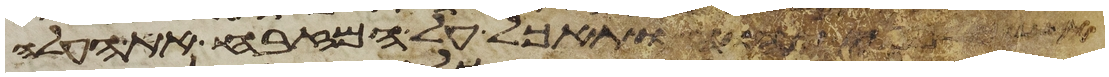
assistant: יהוה ותאכל על המזבח את העלה